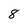
Character: 8